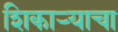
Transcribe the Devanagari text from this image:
शिकाऱ्याचा